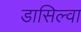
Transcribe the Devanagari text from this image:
डासिल्वा